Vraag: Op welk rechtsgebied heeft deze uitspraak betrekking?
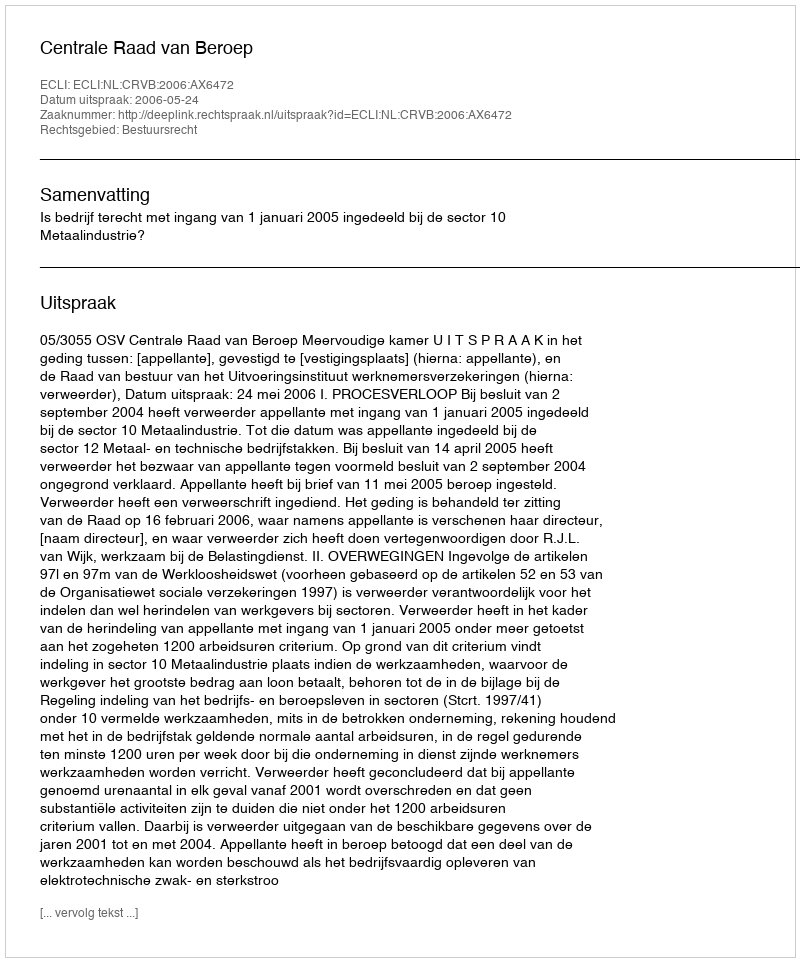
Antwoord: Bestuursrecht